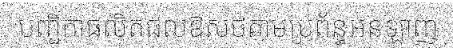
បញ្ជិកាផលិតផលឱសថតាមប្រព័ន្ធអនឡាញ